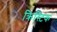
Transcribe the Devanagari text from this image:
क्रिस्टिक